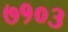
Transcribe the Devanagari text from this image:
७१०३